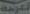
العرجة